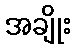
အချိုး